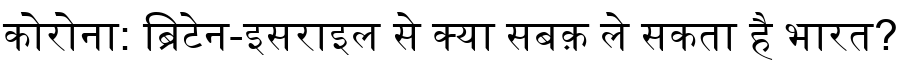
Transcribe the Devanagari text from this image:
कोरोना: ब्रिटेन-इसराइल से क्या सबक़ ले सकता है भारत?